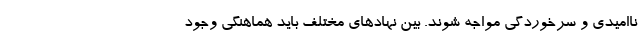
ناامیدی و سرخوردگی مواجه شوند. بین نهادهای مختلف باید هماهنگی وجود